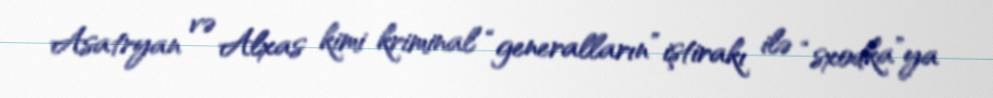
Asatryan və Alxas kimi kriminal “generalların” iştirakı ilə “sxodka”ya